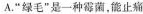
A.”绿毛”是一种霉菌，能止痛